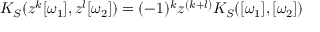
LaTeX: K _ { S } ( z ^ { k } [ \omega _ { 1 } ] , z ^ { l } [ \omega _ { 2 } ] ) = ( - 1 ) ^ { k } z ^ { ( k + l ) } K _ { S } ( [ \omega _ { 1 } ] , [ \omega _ { 2 } ] )